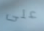
على